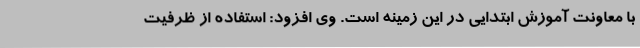
با معاونت آموزش ابتدایی در این زمینه است. وی افزود: استفاده از ظرفیت